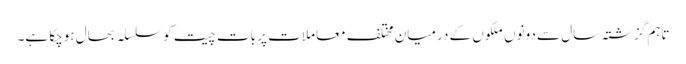
تاہم گزشتہ سال سے دونوں ملکوں کے درمیان مختلف معاملات پر بات چیت کو سلسلہ بحال ہوچکا ہے۔